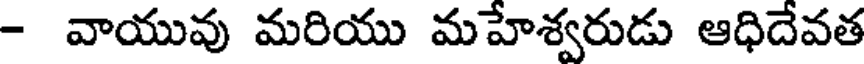
- వాయువు మరియు మహేశ్వరుడు ఆధిదేవత